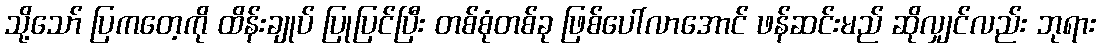
သို့သော် ပြကတေ့ကို ထိန်းချုပ် ပြုပြင်ပြီး တစ်စုံတစ်ခု ဖြစ်ပေါ်လာအောင် ဖန်ဆင်းမည် ဆိုလျှင်လည်း ဘုရား